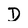
Character: D